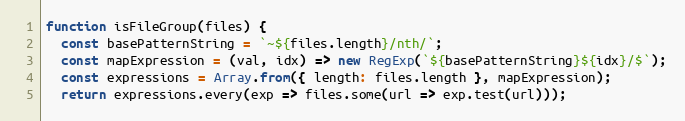
Language: JavaScript
function isFileGroup(files) {
  const basePatternString = `~${files.length}/nth/`;
  const mapExpression = (val, idx) => new RegExp(`${basePatternString}${idx}/$`);
  const expressions = Array.from({ length: files.length }, mapExpression);
  return expressions.every(exp => files.some(url => exp.test(url)));